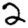
Digit: 2